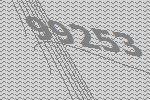
99253